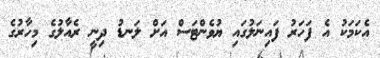
އެކަމަކު އެ ފަހަރު ފައިނަލުގައި ޔުވެންޓަސް އަށް ލަނޑު ދިނީ ރެއާލުގެ މިހާރުގެ